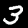
Digit: 3